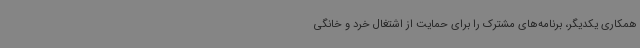
همکاری یکدیگر، برنامه‌های مشترک را برای حمایت از اشتغال خرد و خانگی